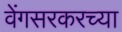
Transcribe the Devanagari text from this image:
वेंगसरकरच्या